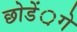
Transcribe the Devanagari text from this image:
छोडें़गे